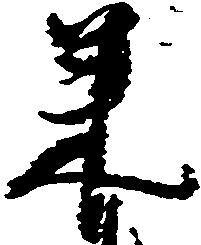
来